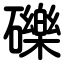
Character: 礫